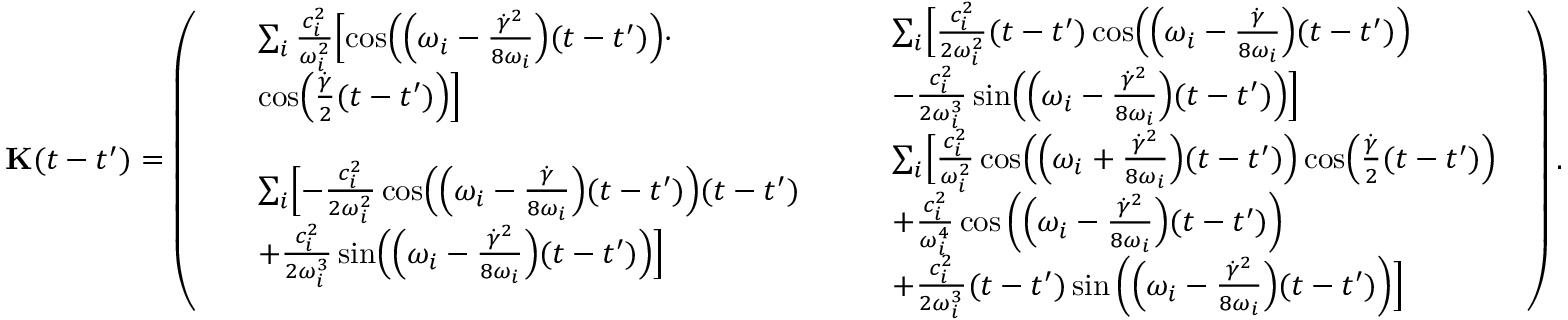
\mathbf { { K } } ( t - t ^ { \prime } ) = \left( \begin{array} { l l } { \begin{array} { r l } & { \sum _ { i } \frac { c _ { i } ^ { 2 } } { \omega _ { i } ^ { 2 } } \Bigl [ \cos \Bigl ( \Bigl ( \omega _ { i } - \frac { \dot { \gamma } ^ { 2 } } { 8 \omega _ { i } } \Bigr ) ( t - t ^ { \prime } ) \Bigr ) \cdot } \\ & { \cos \Bigl ( \frac { \dot { \gamma } } { 2 } ( t - t ^ { \prime } ) \Bigr ) \Bigr ] } \end{array} } & { \begin{array} { r l } & { \sum _ { i } \Bigl [ \frac { c _ { i } ^ { 2 } } { 2 \omega _ { i } ^ { 2 } } ( t - t ^ { \prime } ) \cos \Bigl ( \Bigl ( \omega _ { i } - \frac { \dot { \gamma } } { 8 \omega _ { i } } \Bigr ) ( t - t ^ { \prime } ) \Bigr ) } \\ & { - \frac { c _ { i } ^ { 2 } } { 2 \omega _ { i } ^ { 3 } } \sin \Bigl ( \Bigl ( \omega _ { i } - \frac { \dot { \gamma } ^ { 2 } } { 8 \omega _ { i } } \Bigr ) ( t - t ^ { \prime } ) \Bigr ) \Bigr ] } \end{array} } \\ { \begin{array} { r l } & { \sum _ { i } \Bigl [ - \frac { c _ { i } ^ { 2 } } { 2 \omega _ { i } ^ { 2 } } \cos \Bigl ( \Bigl ( \omega _ { i } - \frac { \dot { \gamma } } { 8 \omega _ { i } } \Bigr ) ( t - t ^ { \prime } ) \Bigr ) ( t - t ^ { \prime } ) } \\ & { + \frac { c _ { i } ^ { 2 } } { 2 \omega _ { i } ^ { 3 } } \sin \Bigl ( \Bigl ( \omega _ { i } - \frac { \dot { \gamma } ^ { 2 } } { 8 \omega _ { i } } \Bigr ) ( t - t ^ { \prime } ) \Bigr ) \Bigr ] } \end{array} } & { \begin{array} { r l } & { \sum _ { i } \Bigl [ \frac { c _ { i } ^ { 2 } } { \omega _ { i } ^ { 2 } } \cos \Bigl ( \Bigl ( \omega _ { i } + \frac { \dot { \gamma } ^ { 2 } } { 8 \omega _ { i } } \Bigr ) ( t - t ^ { \prime } ) \Bigr ) \cos \Bigl ( \frac { \dot { \gamma } } { 2 } ( t - t ^ { \prime } ) \Bigr ) } \\ & { + \frac { c _ { i } ^ { 2 } } { \omega _ { i } ^ { 4 } } \cos \left( \Bigl ( \omega _ { i } - \frac { \dot { \gamma } ^ { 2 } } { 8 \omega _ { i } } \Bigr ) ( t - t ^ { \prime } ) \right) } \\ & { + \frac { c _ { i } ^ { 2 } } { 2 \omega _ { i } ^ { 3 } } ( t - t ^ { \prime } ) \sin \left( \Bigl ( \omega _ { i } - \frac { \dot { \gamma } ^ { 2 } } { 8 \omega _ { i } } \Bigr ) ( t - t ^ { \prime } ) \right) \Bigr ] } \end{array} } \end{array} \right) .